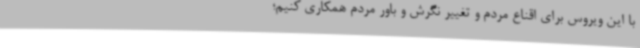
با این ویروس برای اقناع مردم و تغییر نگرش و باور مردم همکاری کنیم؛